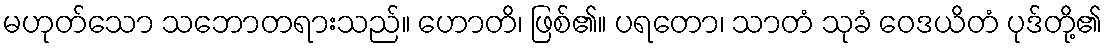
မဟုတ်သော သဘောတရားသည်။ ဟောတိ၊ ဖြစ်၏။ ပရတော၊ သာတံ သုခံ ဝေဒယိတံ ပုဒ်တို့၏